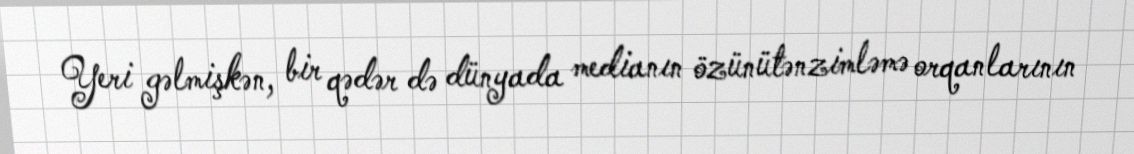
Yeri gəlmişkən, bir qədər də dünyada medianın özünütənzimləmə orqanlarının